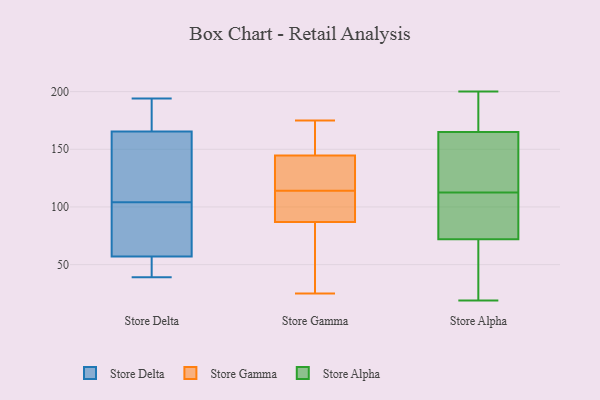
{"axis": {"x": "Humidity (%)", "y": "Value"}, "legend": ["Store Alpha", "Store Delta", "Store Gamma"], "data": [{"x": "", "y": 111, "type": "Store Delta"}, {"x": "", "y": 171, "type": "Store Delta"}, {"x": "", "y": 63, "type": "Store Delta"}, {"x": "", "y": 64, "type": "Store Delta"}, {"x": "", "y": 104, "type": "Store Delta"}, {"x": "", "y": 104, "type": "Store Delta"}, {"x": "", "y": 149, "type": "Store Delta"}, {"x": "", "y": 55, "type": "Store Delta"}, {"x": "", "y": 95, "type": "Store Delta"}, {"x": "", "y": 42, "type": "Store Delta"}, {"x": "", "y": 194, "type": "Store Delta"}, {"x": "", "y": 48, "type": "Store Delta"}, {"x": "", "y": 186, "type": "Store Delta"}, {"x": "", "y": 191, "type": "Store Delta"}, {"x": "", "y": 39, "type": "Store Delta"}, {"x": "", "y": 113, "type": "Store Gamma"}, {"x": "", "y": 28, "type": "Store Gamma"}, {"x": "", "y": 122, "type": "Store Gamma"}, {"x": "", "y": 90, "type": "Store Gamma"}, {"x": "", "y": 151, "type": "Store Gamma"}, {"x": "", "y": 175, "type": "Store Gamma"}, {"x": "", "y": 175, "type": "Store Gamma"}, {"x": "", "y": 115, "type": "Store Gamma"}, {"x": "", "y": 25, "type": "Store Gamma"}, {"x": "", "y": 95, "type": "Store Gamma"}, {"x": "", "y": 135, "type": "Store Gamma"}, {"x": "", "y": 166, "type": "Store Gamma"}, {"x": "", "y": 84, "type": "Store Gamma"}, {"x": "", "y": 159, "type": "Store Gamma"}, {"x": "", "y": 104, "type": "Store Gamma"}, {"x": "", "y": 138, "type": "Store Gamma"}, {"x": "", "y": 36, "type": "Store Gamma"}, {"x": "", "y": 100, "type": "Store Gamma"}, {"x": "", "y": 138, "type": "Store Gamma"}, {"x": "", "y": 50, "type": "Store Gamma"}, {"x": "", "y": 95, "type": "Store Alpha"}, {"x": "", "y": 199, "type": "Store Alpha"}, {"x": "", "y": 77, "type": "Store Alpha"}, {"x": "", "y": 135, "type": "Store Alpha"}, {"x": "", "y": 19, "type": "Store Alpha"}, {"x": "", "y": 38, "type": "Store Alpha"}, {"x": "", "y": 45, "type": "Store Alpha"}, {"x": "", "y": 200, "type": "Store Alpha"}, {"x": "", "y": 165, "type": "Store Alpha"}, {"x": "", "y": 194, "type": "Store Alpha"}, {"x": "", "y": 104, "type": "Store Alpha"}, {"x": "", "y": 186, "type": "Store Alpha"}, {"x": "", "y": 72, "type": "Store Alpha"}, {"x": "", "y": 86, "type": "Store Alpha"}, {"x": "", "y": 138, "type": "Store Alpha"}, {"x": "", "y": 121, "type": "Store Alpha"}, {"x": "", "y": 158, "type": "Store Alpha"}, {"x": "", "y": 32, "type": "Store Alpha"}]}